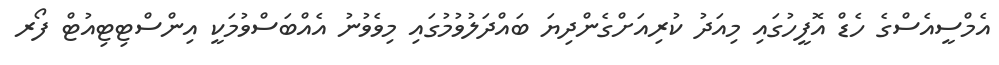
އެމްސީއެސްގެ ހެޑް އޮފީހުގައި މިއަދު ކުރިއަށްގެންދިޔަ ބައްދަލުވުމުގައި މިވެވުނު އެއްބަސްވުމަކީ އިންސްޓިޓިއުޓް ފޯރ